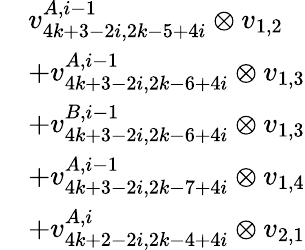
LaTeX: \begin{array}{rl}&{v_{4k+3-2i,2k-5+4i}^{A,i-1}\otimes v_{1,2}}\\ &{+v_{4k+3-2i,2k-6+4i}^{A,i-1}\otimes v_{1,3}}\\ &{+v_{4k+3-2i,2k-6+4i}^{B,i-1}\otimes v_{1,3}}\\ &{+v_{4k+3-2i,2k-7+4i}^{A,i-1}\otimes v_{1,4}}\\ &{+v_{4k+2-2i,2k-4+4i}^{A,i}\otimes v_{2,1}}\end{array}